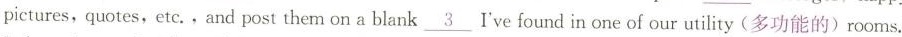
pictures,quotes,etc..And post them on a blank\underline{3} I've found in one of our utility (多功能的)rooms.